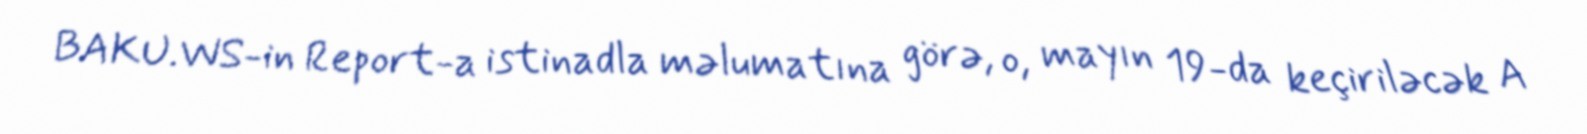
BAKU.WS-in Report-a istinadla məlumatına görə, o, mayın 19-da keçiriləcək A